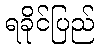
ရခိုင်ပြည်